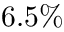
6 . 5 \%